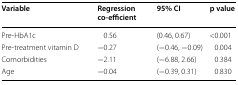
<table><thead><tr><td><b>Variable</b></td><td><b>Regression co-efficient</b></td><td><b>95% CI</b></td><td><b>p value</b></td></tr></thead><tbody><tr><td>Pre-HbA1c</td><td>0.56</td><td>(0.46, 0.67)</td><td>&lt;0.001</td></tr><tr><td>Pre-treatment vitamin D</td><td>−0.27</td><td>(−0.46, −0.09)</td><td>0.004</td></tr><tr><td>Comorbidities</td><td>−2.11</td><td>(−6.88, 2.66)</td><td>0.384</td></tr><tr><td>Age</td><td>−0.04</td><td>(−0.39, 0.31)</td><td>0.830</td></tr></tbody></table>